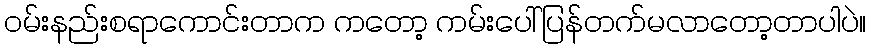
ဝမ်းနည်းစရာကောင်းတာက ကတော့ ကမ်းပေါ်ပြန်တက်မလာတော့တာပါပဲ။